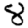
Digit: 8